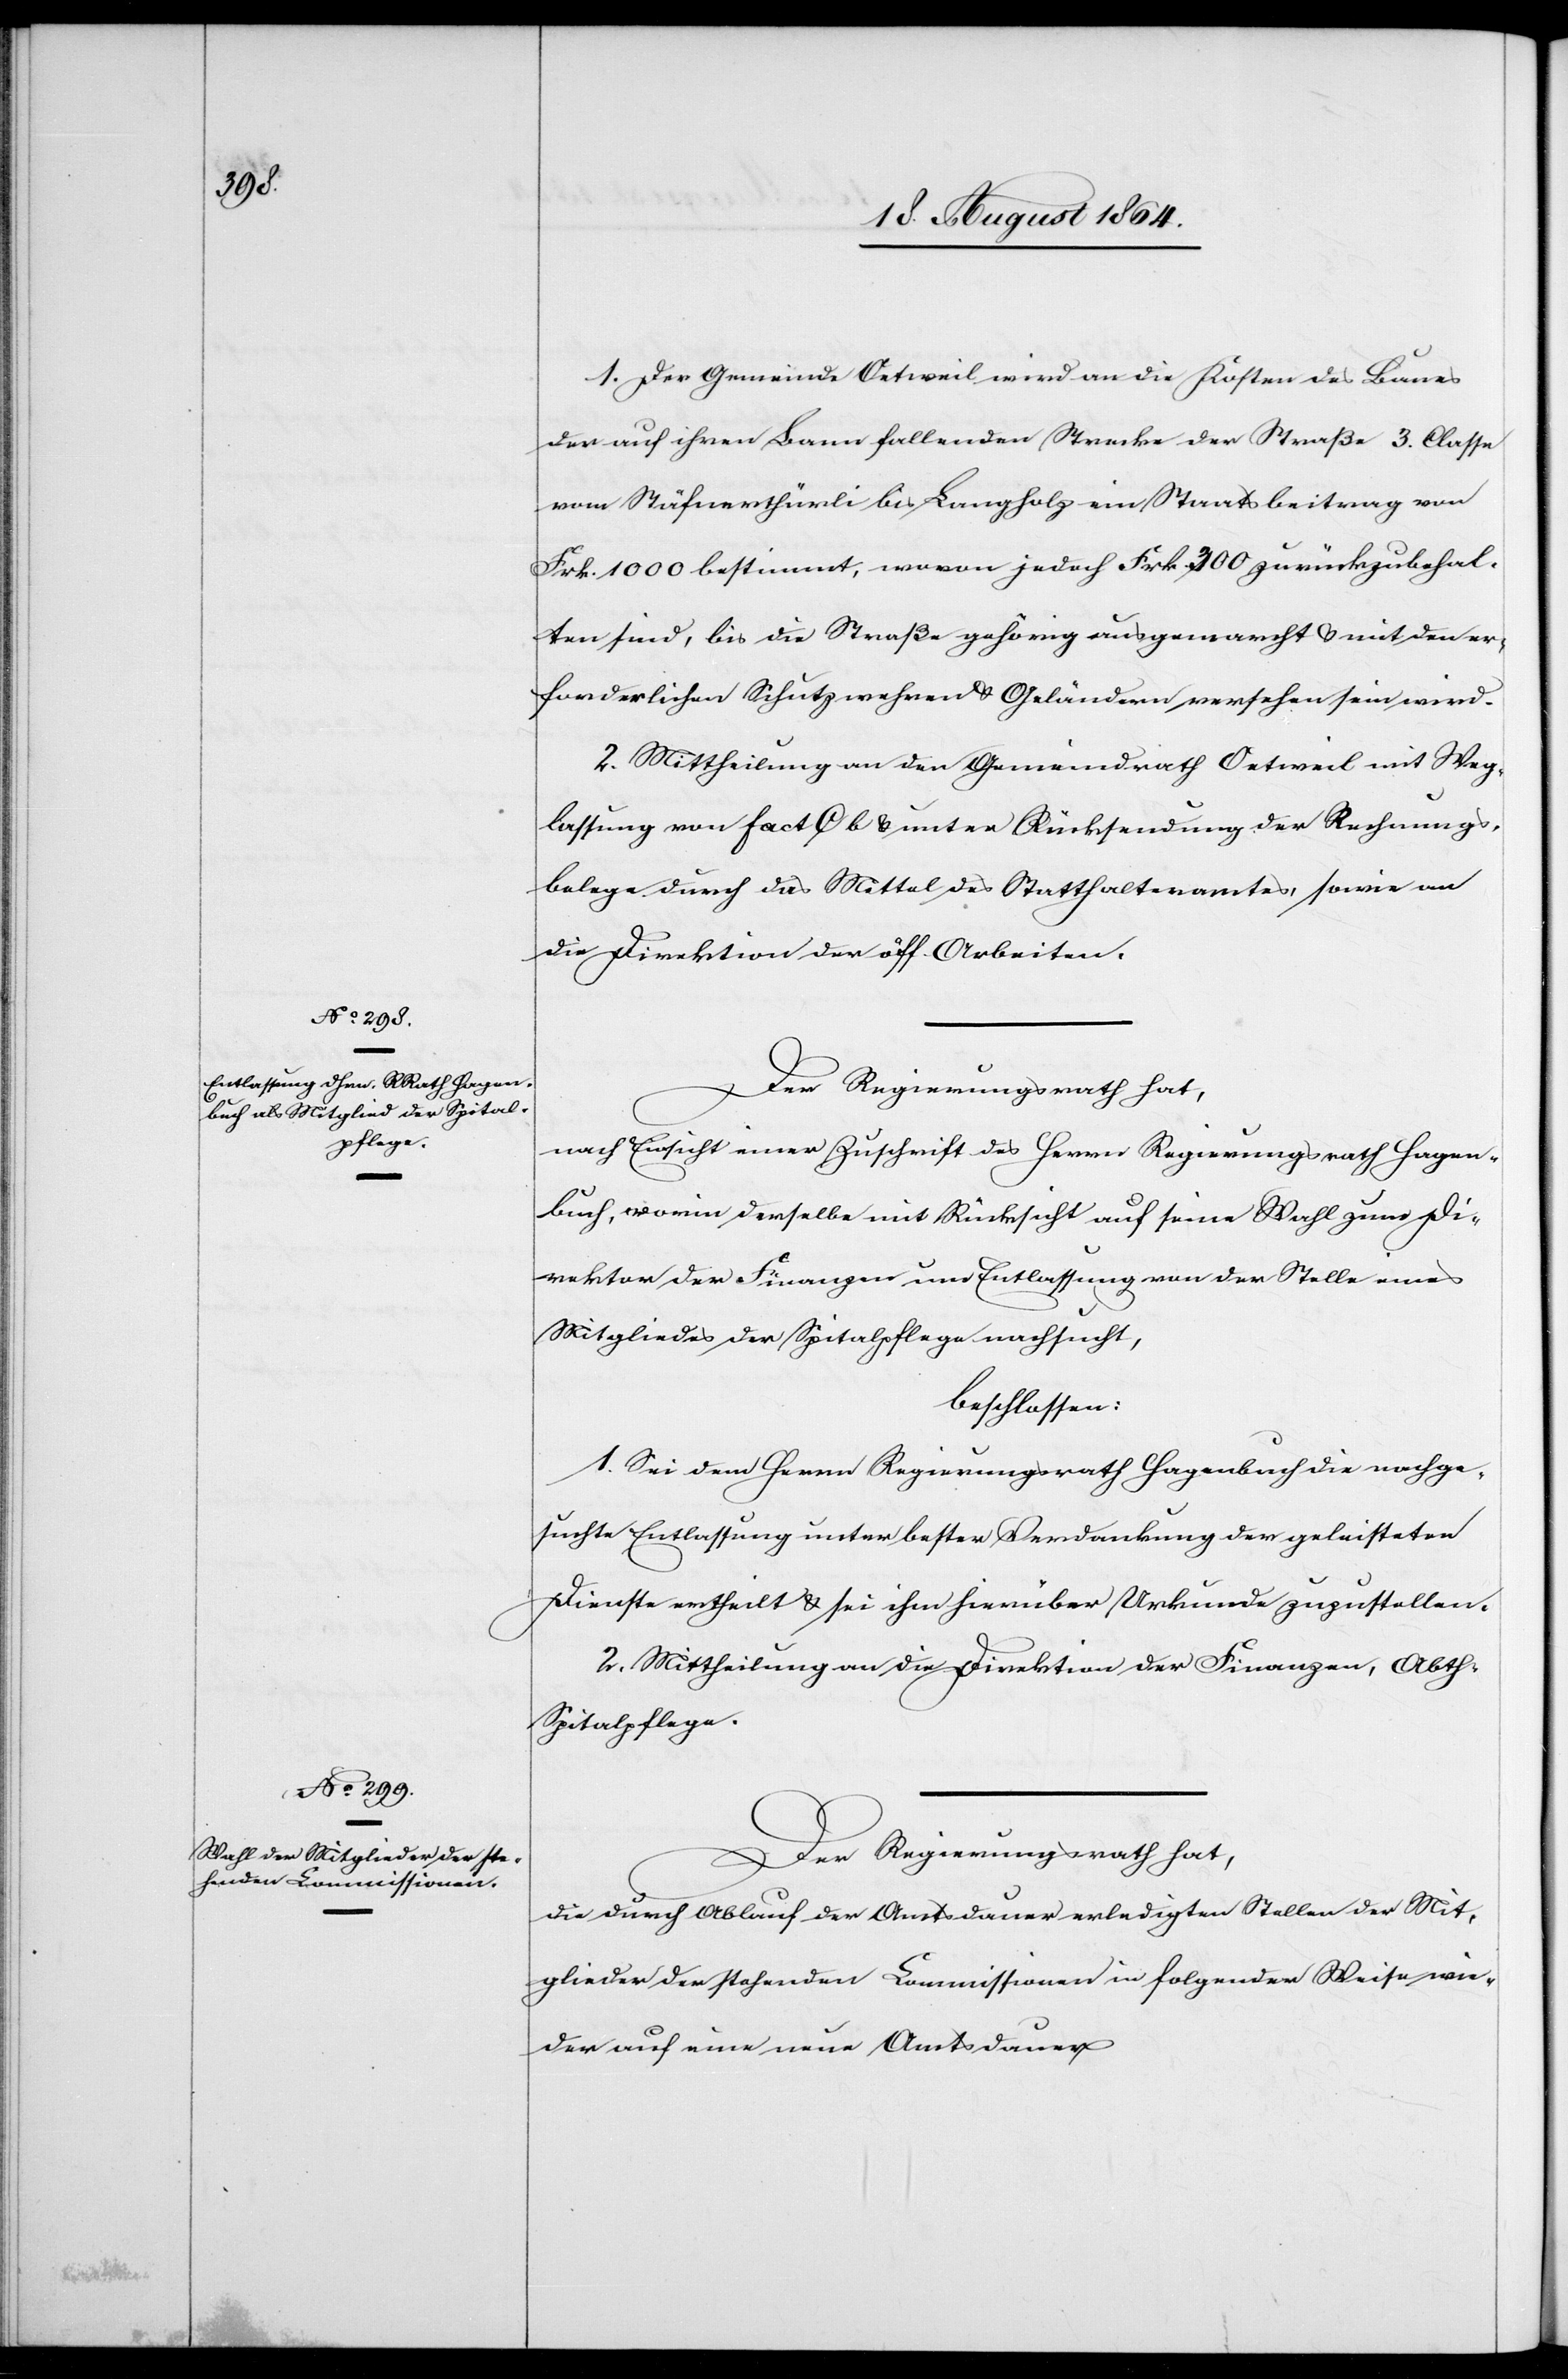
eilung

1. Der Gemeinde Oetweil wird an die Kosten des Baues
der auf ihren Bann fallenden Strecke der Straße 3. Classe
vom Stäfnerthürli bis Langholz ein Staatsbeitrag von
Frk. 1000 bestimmt, wovon jedoch Frk. 300 zurückzubehal¬
ten sind, bis die Straße gehörig ausgemarcht & mit den er¬
forderlichen Schutzwehren & Geländern versehen sein wird.
2. Mittheilung an den Gemeindrath Oetweil mit Weg¬
lassung von fact. C b & unter Rücksendung der Rechnungs¬
belege durch das Mittel des Statthalteramtes, sowie an
die Direktion der öff. Arbeiten.
Der Regierungsrath hat,
nach Einsicht einer Zuschrift des Herrn Regierungsrath Hagen¬
buch, worin derselbe mit Rücksicht auf seine Wahl zum Di¬
rektor der Finanzen um Entlassung von der Stelle eines
Mitgliedes der Spitalpflege nachsucht,
beschlossen:
1. Sei dem Herrn Regierungsrath Hagenbuch die nachge¬
suchte Entlassung unter bester Verdankung der geleisteten
Dienste ertheilt & sei ihm hierüber Urkunde zuzustellen.
2. Mittheilung an die Direktion der Finanzen, Abth¬
Spitalpflege.
Der Regierungsrath hat,
die durch Ablauf der Amtsdauer erledigten Stellen der Mit¬
glieder der stehenden Commissionen in folgender Weise wie¬
der auf eine neue Amtsdauer